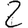
Digit: 2